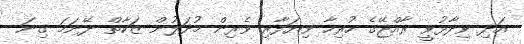
އަދި ވިދާޅުވީ ރާއްޖޭގެ ހުރިހާ ވިޔަފާރި ވެރިން މުދަލުން ޒަކާތް ދޭނަމަ ގިނަ